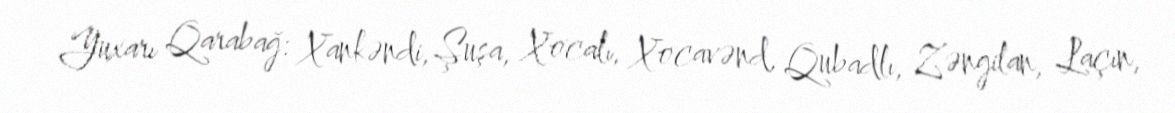
Yuxarı Qarabağ: Xankəndi, Şuşa, Xocalı, Xocavənd, Qubadlı, Zəngilan, Laçın,